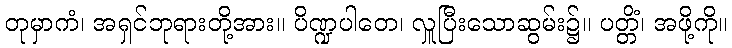
တုမှာကံ၊ အရှင်ဘုရားတို့အား။ ပိဏ္ဍပါတေ၊ လှူပြီးသောဆွမ်း၌။ ပတ္တိံ၊ အဖို့ကို။